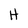
Character: H